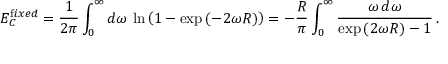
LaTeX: E _ { C } ^ { { \mathrm { f } i x e d } } = \frac { 1 } { 2 \pi } \int _ { 0 } ^ { \infty } d \omega \, \ln \left( 1 - \exp { ( - 2 \omega R ) } \right) = - \frac { R } { \pi } \int _ { 0 } ^ { \infty } \frac { \omega \, d \omega } { \exp { ( 2 \omega R ) } - 1 } \, { . }